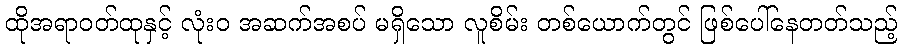
ထိုအရာဝတ်ထုနှင့် လုံးဝ အဆက်အစပ် မရှိသော လူစိမ်း တစ်ယောက်တွင် ဖြစ်ပေါ်နေတတ်သည့်